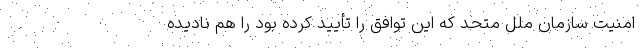
امنیت سازمان ملل متحد که این توافق را تأیید کرده بود را هم نادیده